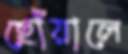
ছোঁয়ালে